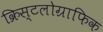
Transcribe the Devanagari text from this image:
क्रिस्टलोग्राफिक